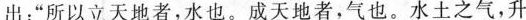
出：”所以立天地者，水也。成天地者，气也。水土之气，升